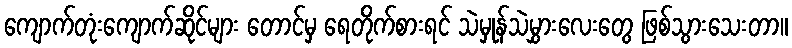
ကျောက်တုံးကျောက်ဆိုင်များ တောင်မှ ရေတိုက်စားရင် သဲမှုန်သဲမွှားလေးတွေ ဖြစ်သွားသေးတာ။